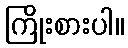
ကြိုးစားပါ။